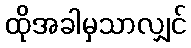
ထိုအခါမှသာလျှင်